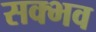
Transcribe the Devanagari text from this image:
सक्भव